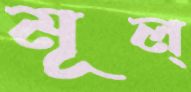
মূল্